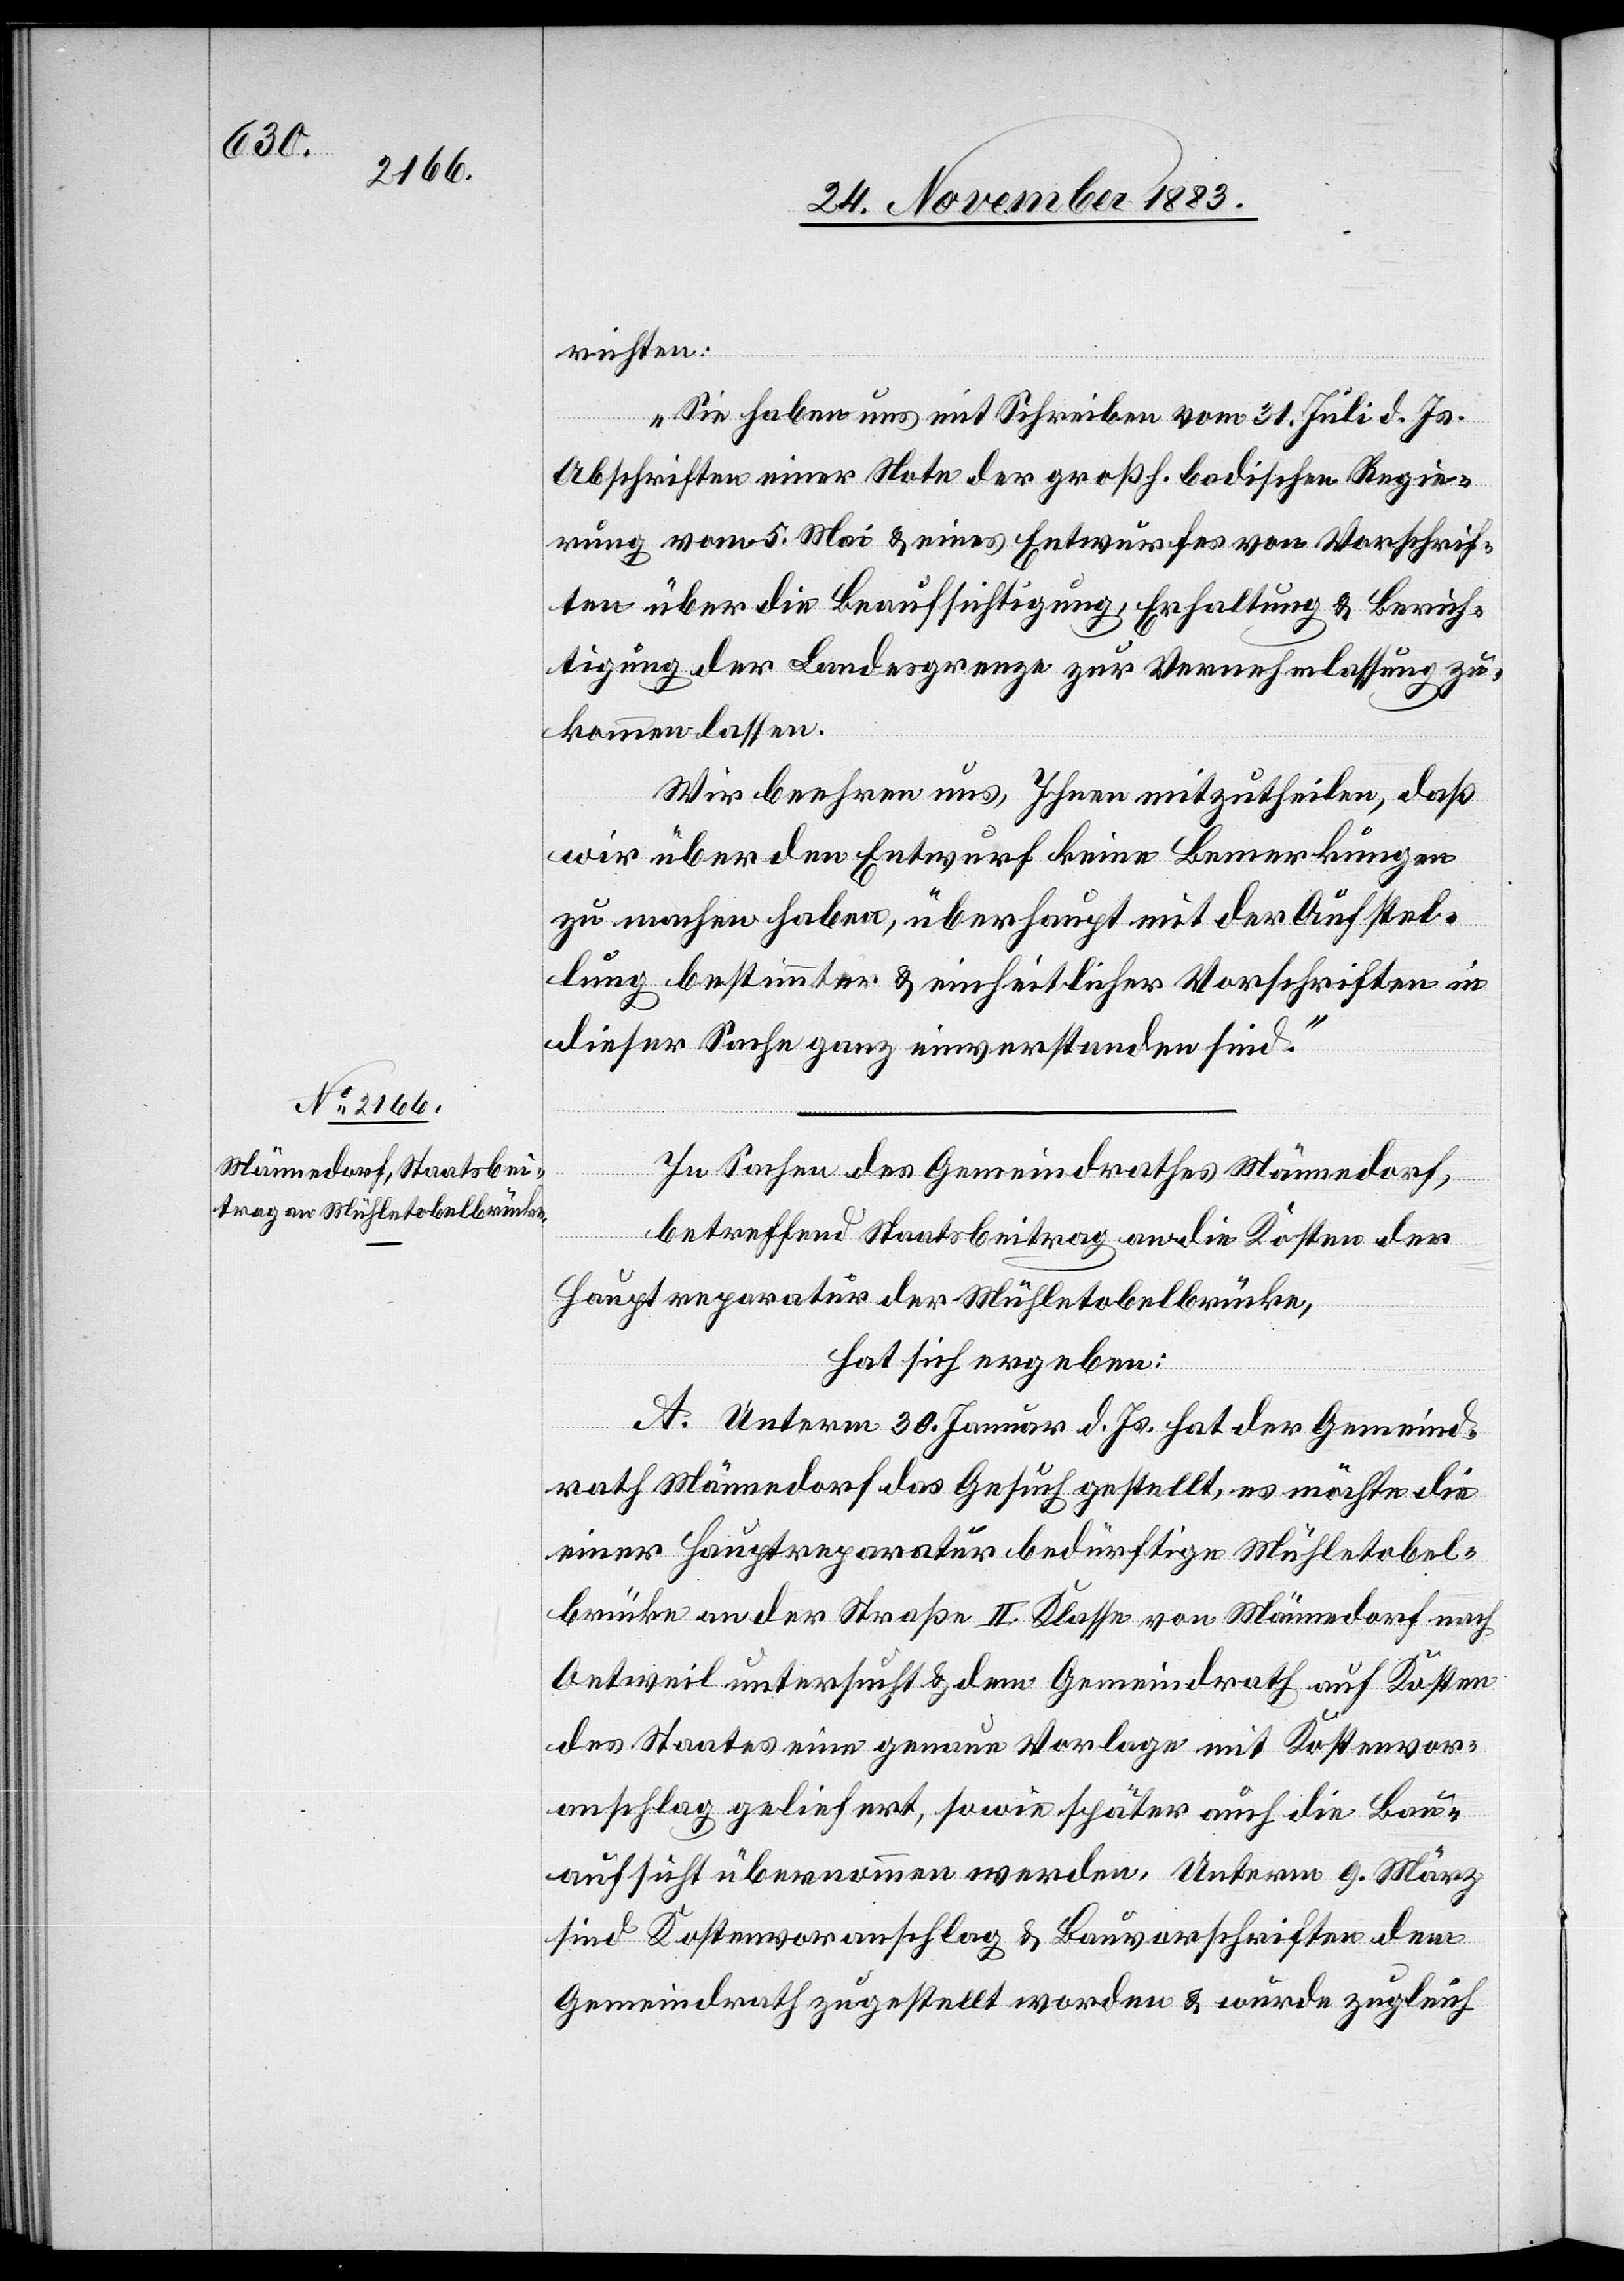
richten:
„Sie haben uns mit Schreiben vom 31. Juli d. Js.
Abschriften einer Note der großh. badischen Regie¬
rung vom 5. Mai & eines Entwurfes von Vorschrif¬
ten über die Beaufsichtigung, Erhaltung & Berich¬
tigung der Landesgrenze zur Vernehmlassung zu¬
kommen lassen.
Wir beehren uns, Ihnen mitzutheilen, daß
wir über den Entwurf keine Bemerkungen
zu machen haben, überhaupt mit den Aufstel¬
lung bestimmter & einheitlicher Vorschriften in
dieser Sache ganz einverstanden sind.“
In Sachen des Gemeindrathes Männedorf,
betreffend Staatsbeitrag an die Kosten der
Hauptreparatur der Mühletobelbrücke,
hat sich ergeben:
A. Unterm 30. Januar d. Js. hat der Gemeind¬
rath Männedorf das Gesuch gestellt, es möchte die
einer Hauptreparatur bedürftige Mühletobel¬
brücke an der Straße II. Klasse von Männedorf nach
Oetweil untersucht & dem Gemeindrath auf Kosten
des Staates eine genaue Vorlage mit Kostenvor¬
anschlag geliefert, sowie später auch die Bau¬
aufsicht übernommen werden. Unterm 9. März
sind Kostenvoranschlag & Bauvorschriften dem
Gemeindrath zugestellt worden & wurde zugleich